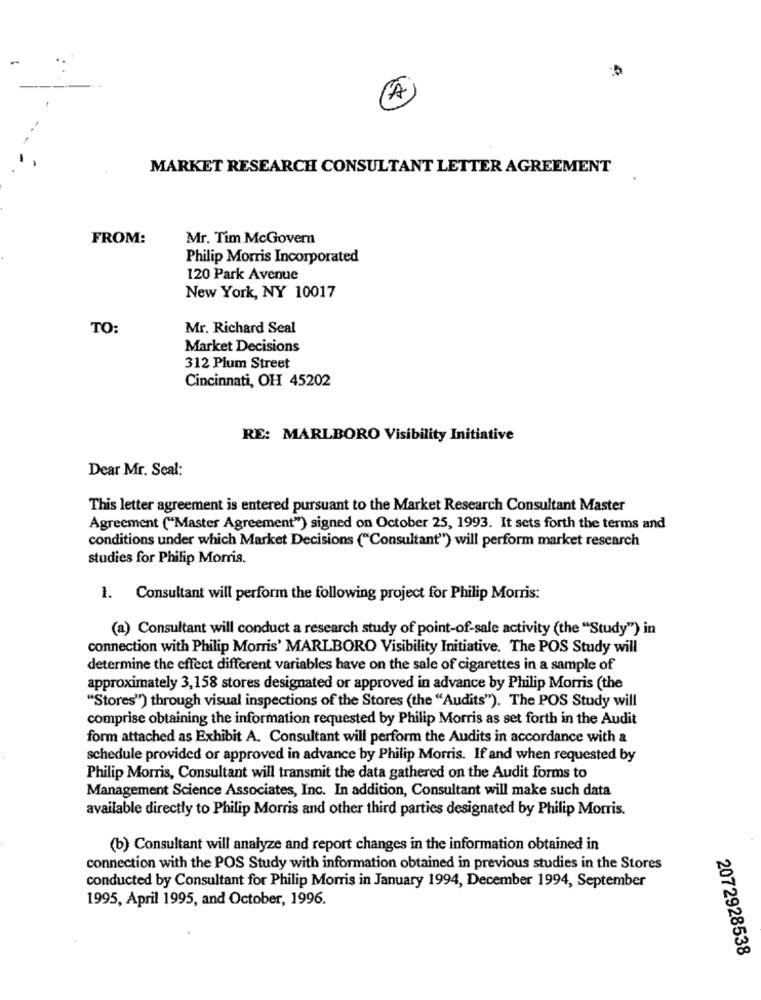
MARKET RESEARCH CONSULTANT LETTER AGREEMENT
FROM:
Mr. Tim McGovern
Philip Morris Incorporated
120 Park Avenue
New York, NY 10017
TO:
Mr. Richard Seal
Market Decisions
312 Plum Street
Cincinnati, OH 45202
RE: MARLBORO Visibility Initiative
Dear Mr. Seal:
This letter agreement is entered pursuant to the Market Research Consultant Master
Agreement ("Master Agreement") signed on October 25, 1993. It sets forth the terms and
conditions under which Market Decisions ("Consultant") will perform market research
studies for Philip Morris.
1. Consultant will perform the following project for Philip Morris:
(a) Consultant will conduct a research study of point-of-sale activity (the "Study") in
connection with Philip Morris' MARLBORO Visibility Initiative. The POS Study will
determine the effect different variables have on the sale of cigarettes in a sample of
approximately 3,158 stores designated or approved in advance by Philip Morris (the
"Stores") through visual inspections of the Stores (the "Audits"). The POS Study will
comprise obtaining the information requested by Philip Morris as set forth in the Audit
form attached as Exhibit A. Consultant will perform the Audits in accordance with a
schedule provided or approved in advance by Philip Morris. If and when requested by
Philip Morris, Consultant will transmit the data gathered on the Audit forms to
Management Science Associates, Inc. In addition, Consultant will make such data
available directly to Philip Morris and other third parties designated by Philip Morris.
(b) Consultant will analyze and report changes in the information obtained in
connection with the POS Study with information obtained in previous studies in the Stores
conducted by Consultant for Philip Morris in January 1994, December 1994, September
1995, April 1995, and October, 1996.
2072928538